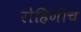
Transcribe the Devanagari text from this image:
रोहिणीच